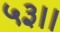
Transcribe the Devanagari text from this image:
५३।।